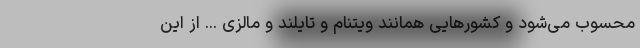
محسوب می‌شود و کشورهایی همانند ویتنام و تایلند و مالزی ... از این